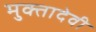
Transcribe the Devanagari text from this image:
मुक्तादेवी